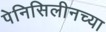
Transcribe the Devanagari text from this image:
पेनिसिलीनच्या